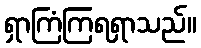
ရှာကြံကြရရှာသည်။